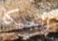
بلجيكا